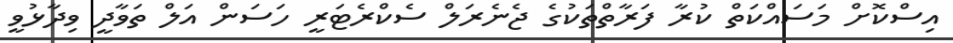
އިސްކޮށް މަސައްކަތް ކުރާ ފަރާތްތަކުގެ ޖެނެރަލް ސެކްރެޓަރީ ހަސަން އަލް ތަވާދީ ވިދާޅުވީ